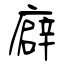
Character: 廦